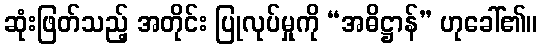
ဆုံးဖြတ်သည့် အတိုင်း ပြုလုပ်မှုကို “အဓိဋ္ဌာန်” ဟုခေါ်၏။